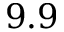
9 . 9